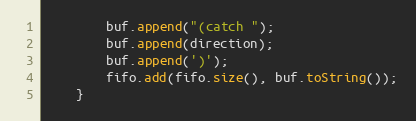
Language: Java
        buf.append("(catch ");
        buf.append(direction);
        buf.append(')');
        fifo.add(fifo.size(), buf.toString());
    }